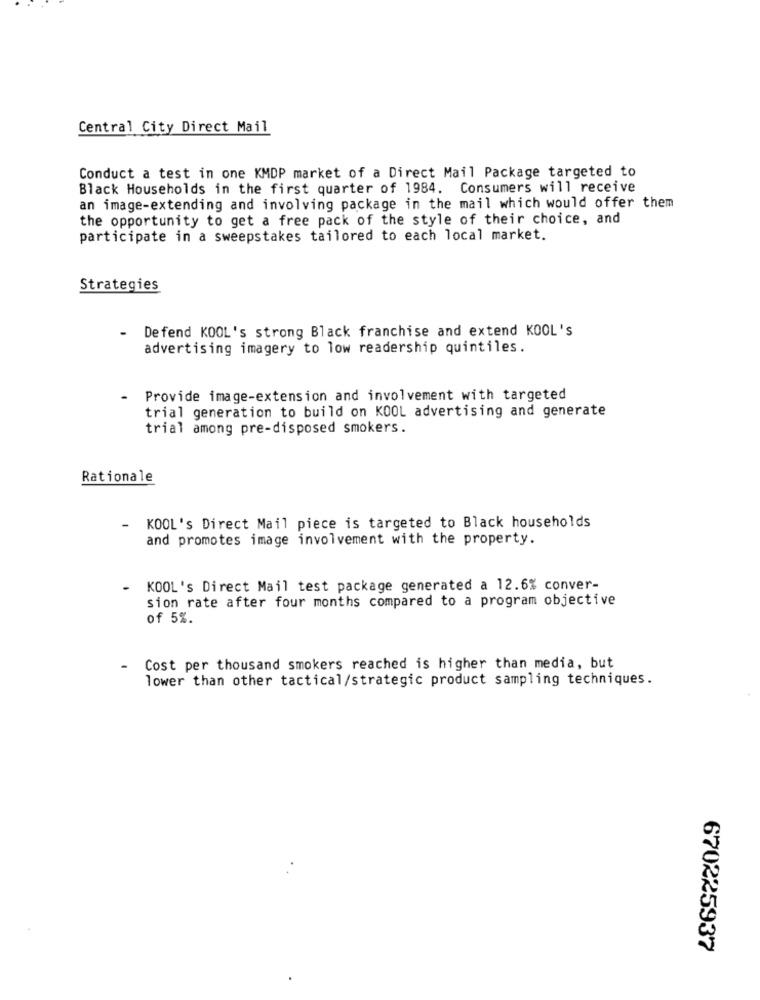
Central City Direct Mail
Conduct a test in one KMDP market of a Direct Mail Package targeted to
Black Households in the first quarter of 1984. Consumers will receive
an image-extending and involving package in the mail which would offer them
the opportunity to get a free pack of the style of their choice, and
participate in a sweepstakes tailored to each local market.
Strategies
- Defend KOOL's strong Black franchise and extend KOOL's
advertising imagery to low readership quintiles.
- Provide image-extension and involvement with targeted
trial generation to build on KOOL advertising and generate
trial among pre-disposed smokers.
Rationale
-
KOOL's Direct Mail piece is targeted to Black households
and promotes image involvement with the property.
- KOOL's Direct Mail test package generated a 12.6% conver-
sion rate after four months compared to a program objective
of 5%.
Cost per thousand smokers reached is higher than media, but
lower than other tactical/strategic product sampling techniques.
670225937